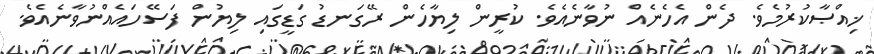
ޚިއްޞާކުރުމެވެ. ދެން އެހެނެއް ނުވާނެއެވެ. ކުރީން ލިޔާހެން ރޭގަނޑު ގަޑީގައި ލިޔުން ފަސޭހައެއްނުވާނެއެވެ.